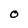
Character: O